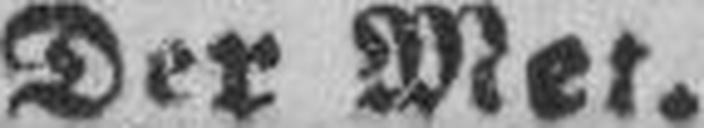
Der Mer.